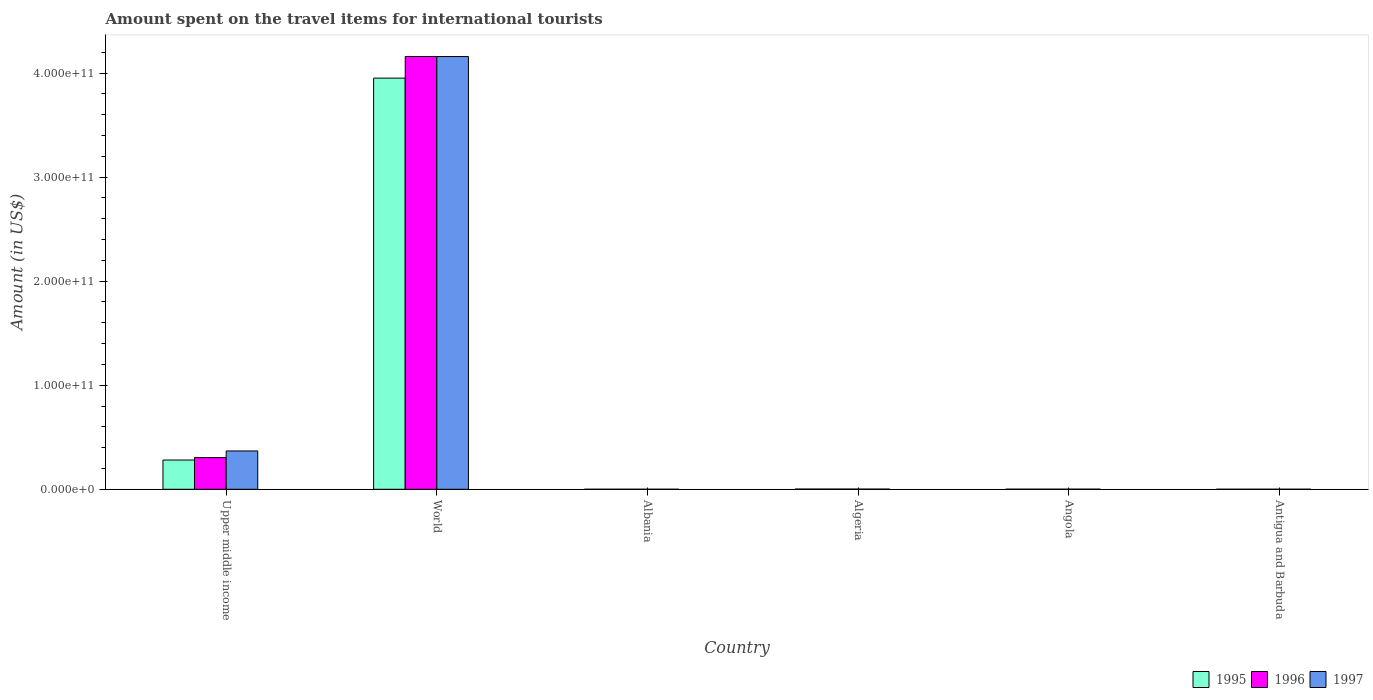
| Country | 1995 | 1996 | 1997 |
 | --- | --- | --- | --- |
 | Upper middle income | 2.81e+10 | 3.04e+10 | 3.68e+10 |
 | World | 3.95e+11 | 4.16e+11 | 4.16e+11 |
 | Albania | 7e+06 | 1.2e+07 | 5e+06 |
 | Algeria | 1.86e+08 | 1.88e+08 | 1.44e+08 |
 | Angola | 7.5e+07 | 7.3e+07 | 9.8e+07 |
 | Antigua and Barbuda | 2.3e+07 | 2.6e+07 | 2.7e+07 |